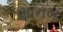
માનબ